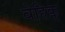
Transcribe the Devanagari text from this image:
वेहिक्ल